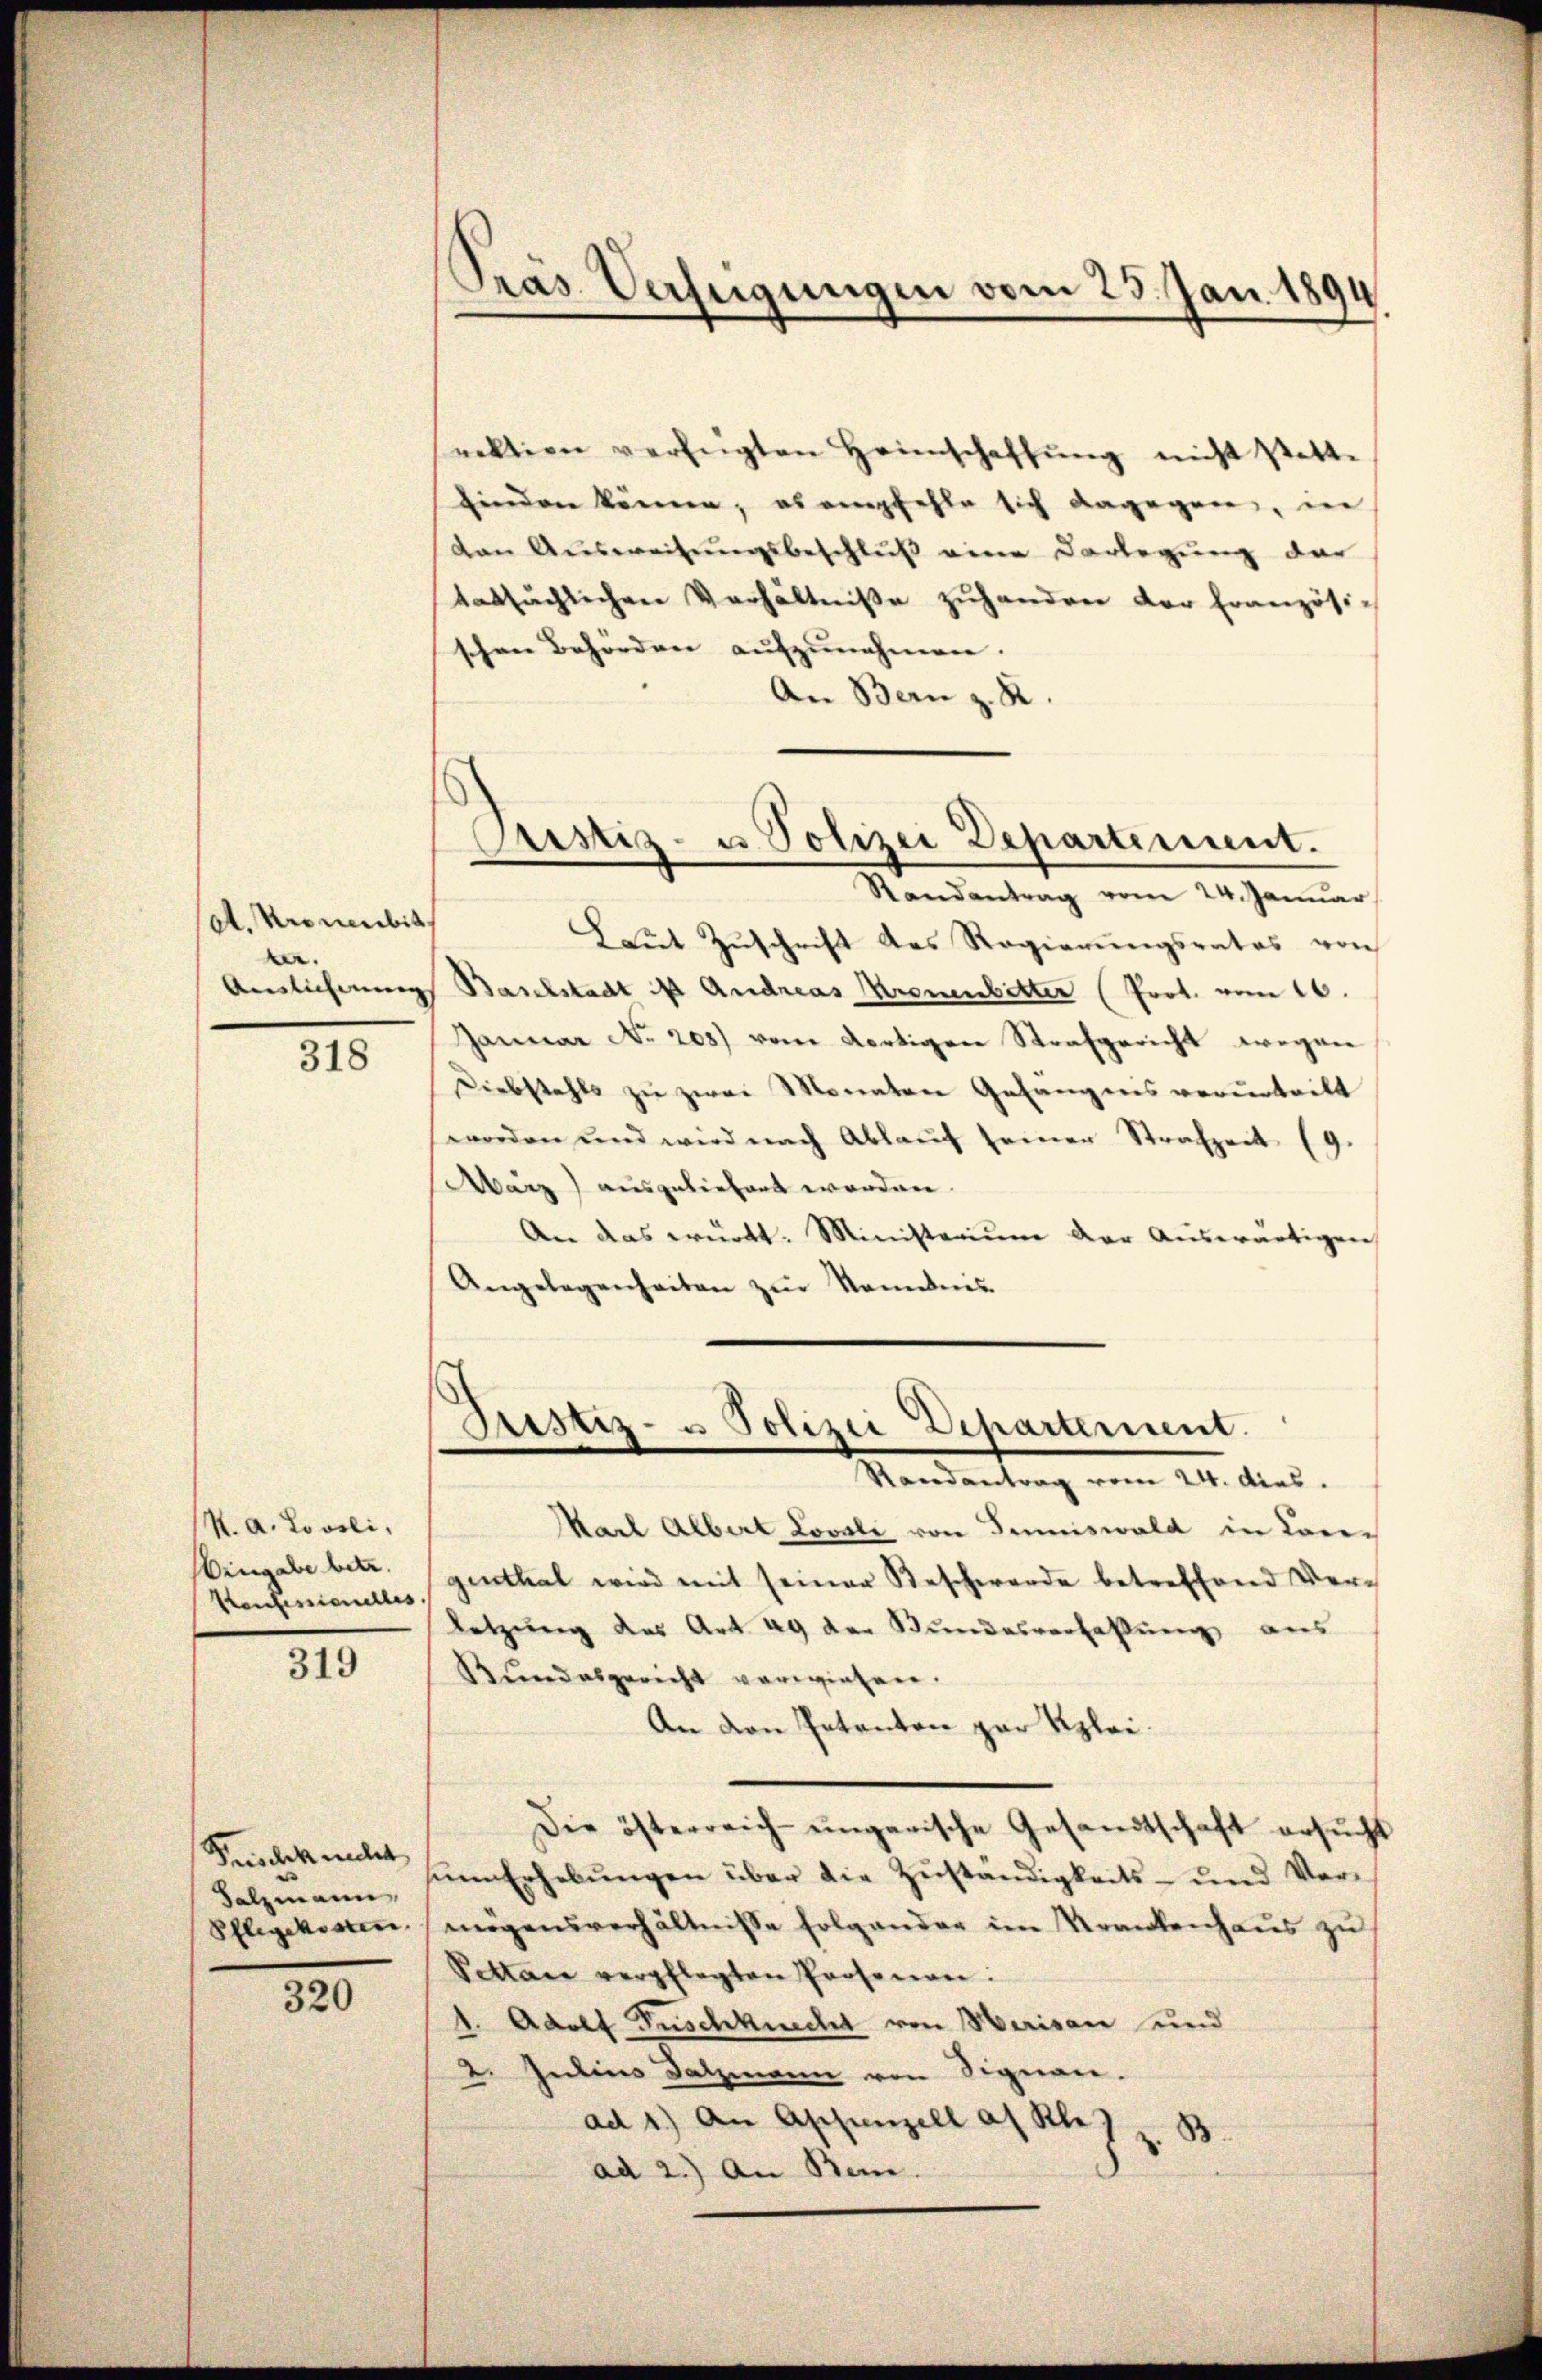
A. Kronenbit
.

318

N. a. Loosli,
Eingabe betr.

319

rektion verfügten Heimschaffŭng nicht stette
finden können, es empfehle sich dagegen, in
dan Aŭsweisŭngsbeschlŭβ eine Darlegung dar
tatsächlichen Verhältniβe zŭhanden der französich
schen Behörden aufzunehmen.
An Bern z. R.
Laut Zuschrift des Regierungsrates von
Auslieferung Baselstadt ist Andreas Kronenbitter (Prot. vom 16.
Januar No. 208) vom dortigen Strafgericht wegen
Diebstahls zu zwei Monaten Gefängnis verurteilt
worden und wird nach Ablaŭf seiner Strafzeit (9.
März) ausgeliefert worden.
An das würkt. Ministerium der Auswärtigen,
Angelegenheiten zŭr Nominis

Frischkundet
Salzmann
Pflegekosten.

320

Präs. Verfügungen vom 23. Jan. 1891

Pustiz- u. Polizei Departement.
Randantrag vom 24. Januar

Justiz- u Polizei Departement.
Randantrag vom 24. dies

Marl Albert Lovoli von Juniswald in Con¬
Konsessionelles Genthal wird mit seiner Beschwerde betreffend Verletzung des Art. 49 der Bundesverfaßung aus
Bundesgericht verwiesen.
An den Petenten par Klei¬
Die österreich-ungarische Gesandtschaft ersucht
in Erhebŭngen über die Zŭständigkeits- und Vermögensverhältnisse folgender im Krankenhaus zu
Sottan verpflegten Prosenen:
1. Adolf Fuschknecht von Marisau und
2. Intino Satzmann von Signan.
ad 1.) An Appenzell an Kloz z. B
ad 2.) An Bern